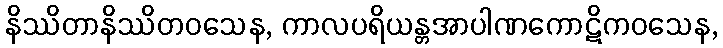
နိဿိတာနိဿိတဝသေန, ကာလပရိယန္တအာပါဏကောဋိကဝသေန,